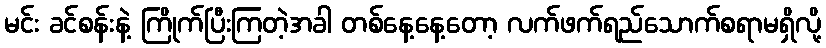
မင်း ခင်စန်းနဲ့ ကြိုက်ပြီးကြတဲ့အခါ တစ်နေ့နေ့တော့ လက်ဖက်ရည်သောက်စရာမရှိလို့